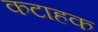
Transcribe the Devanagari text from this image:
कटाहक